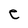
Character: e